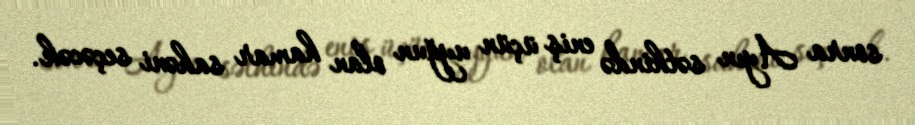
sonra Ayın səthində eniş üçün uyğun olan hamar sahəni seçəcək.